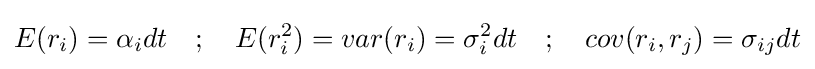
E(r_{i})=\alpha _{i}dt\quad ;\quad E(r_{i}^{2})=var(r_{i})=\sigma _{i}^{2}dt\quad ;\quad cov(r_{i},r_{j})=\sigma _{ij}dt